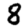
Digit: 8